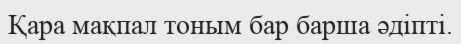
Қара мақпал тоным бар барша әдіпті.